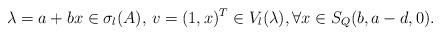
\begin{align*}\lambda=a+bx\in \sigma_l(A),\, v=(1,x)^T\in V_l(\lambda),\forall x\in S_Q(b,a-d,0).\end{align*}